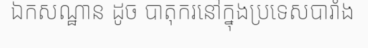
ឯកសណ្ឋាន ដូច បាតុករនៅក្នុងប្រទេសបារាំង